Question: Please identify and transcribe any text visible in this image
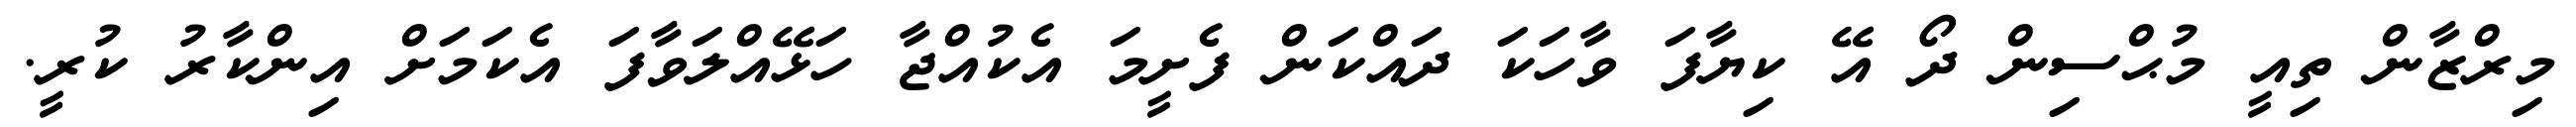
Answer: މިރްޒާން ތިއީ މުޙްސިން ދޯ އޭ ކިޔާފަ ވާހަކަ ދައްކަން ފެށީމަ އެކުއްޖާ ހަޅޭއްލަވާފަ އެކަމަށް އިންކާރު ކުރީ.